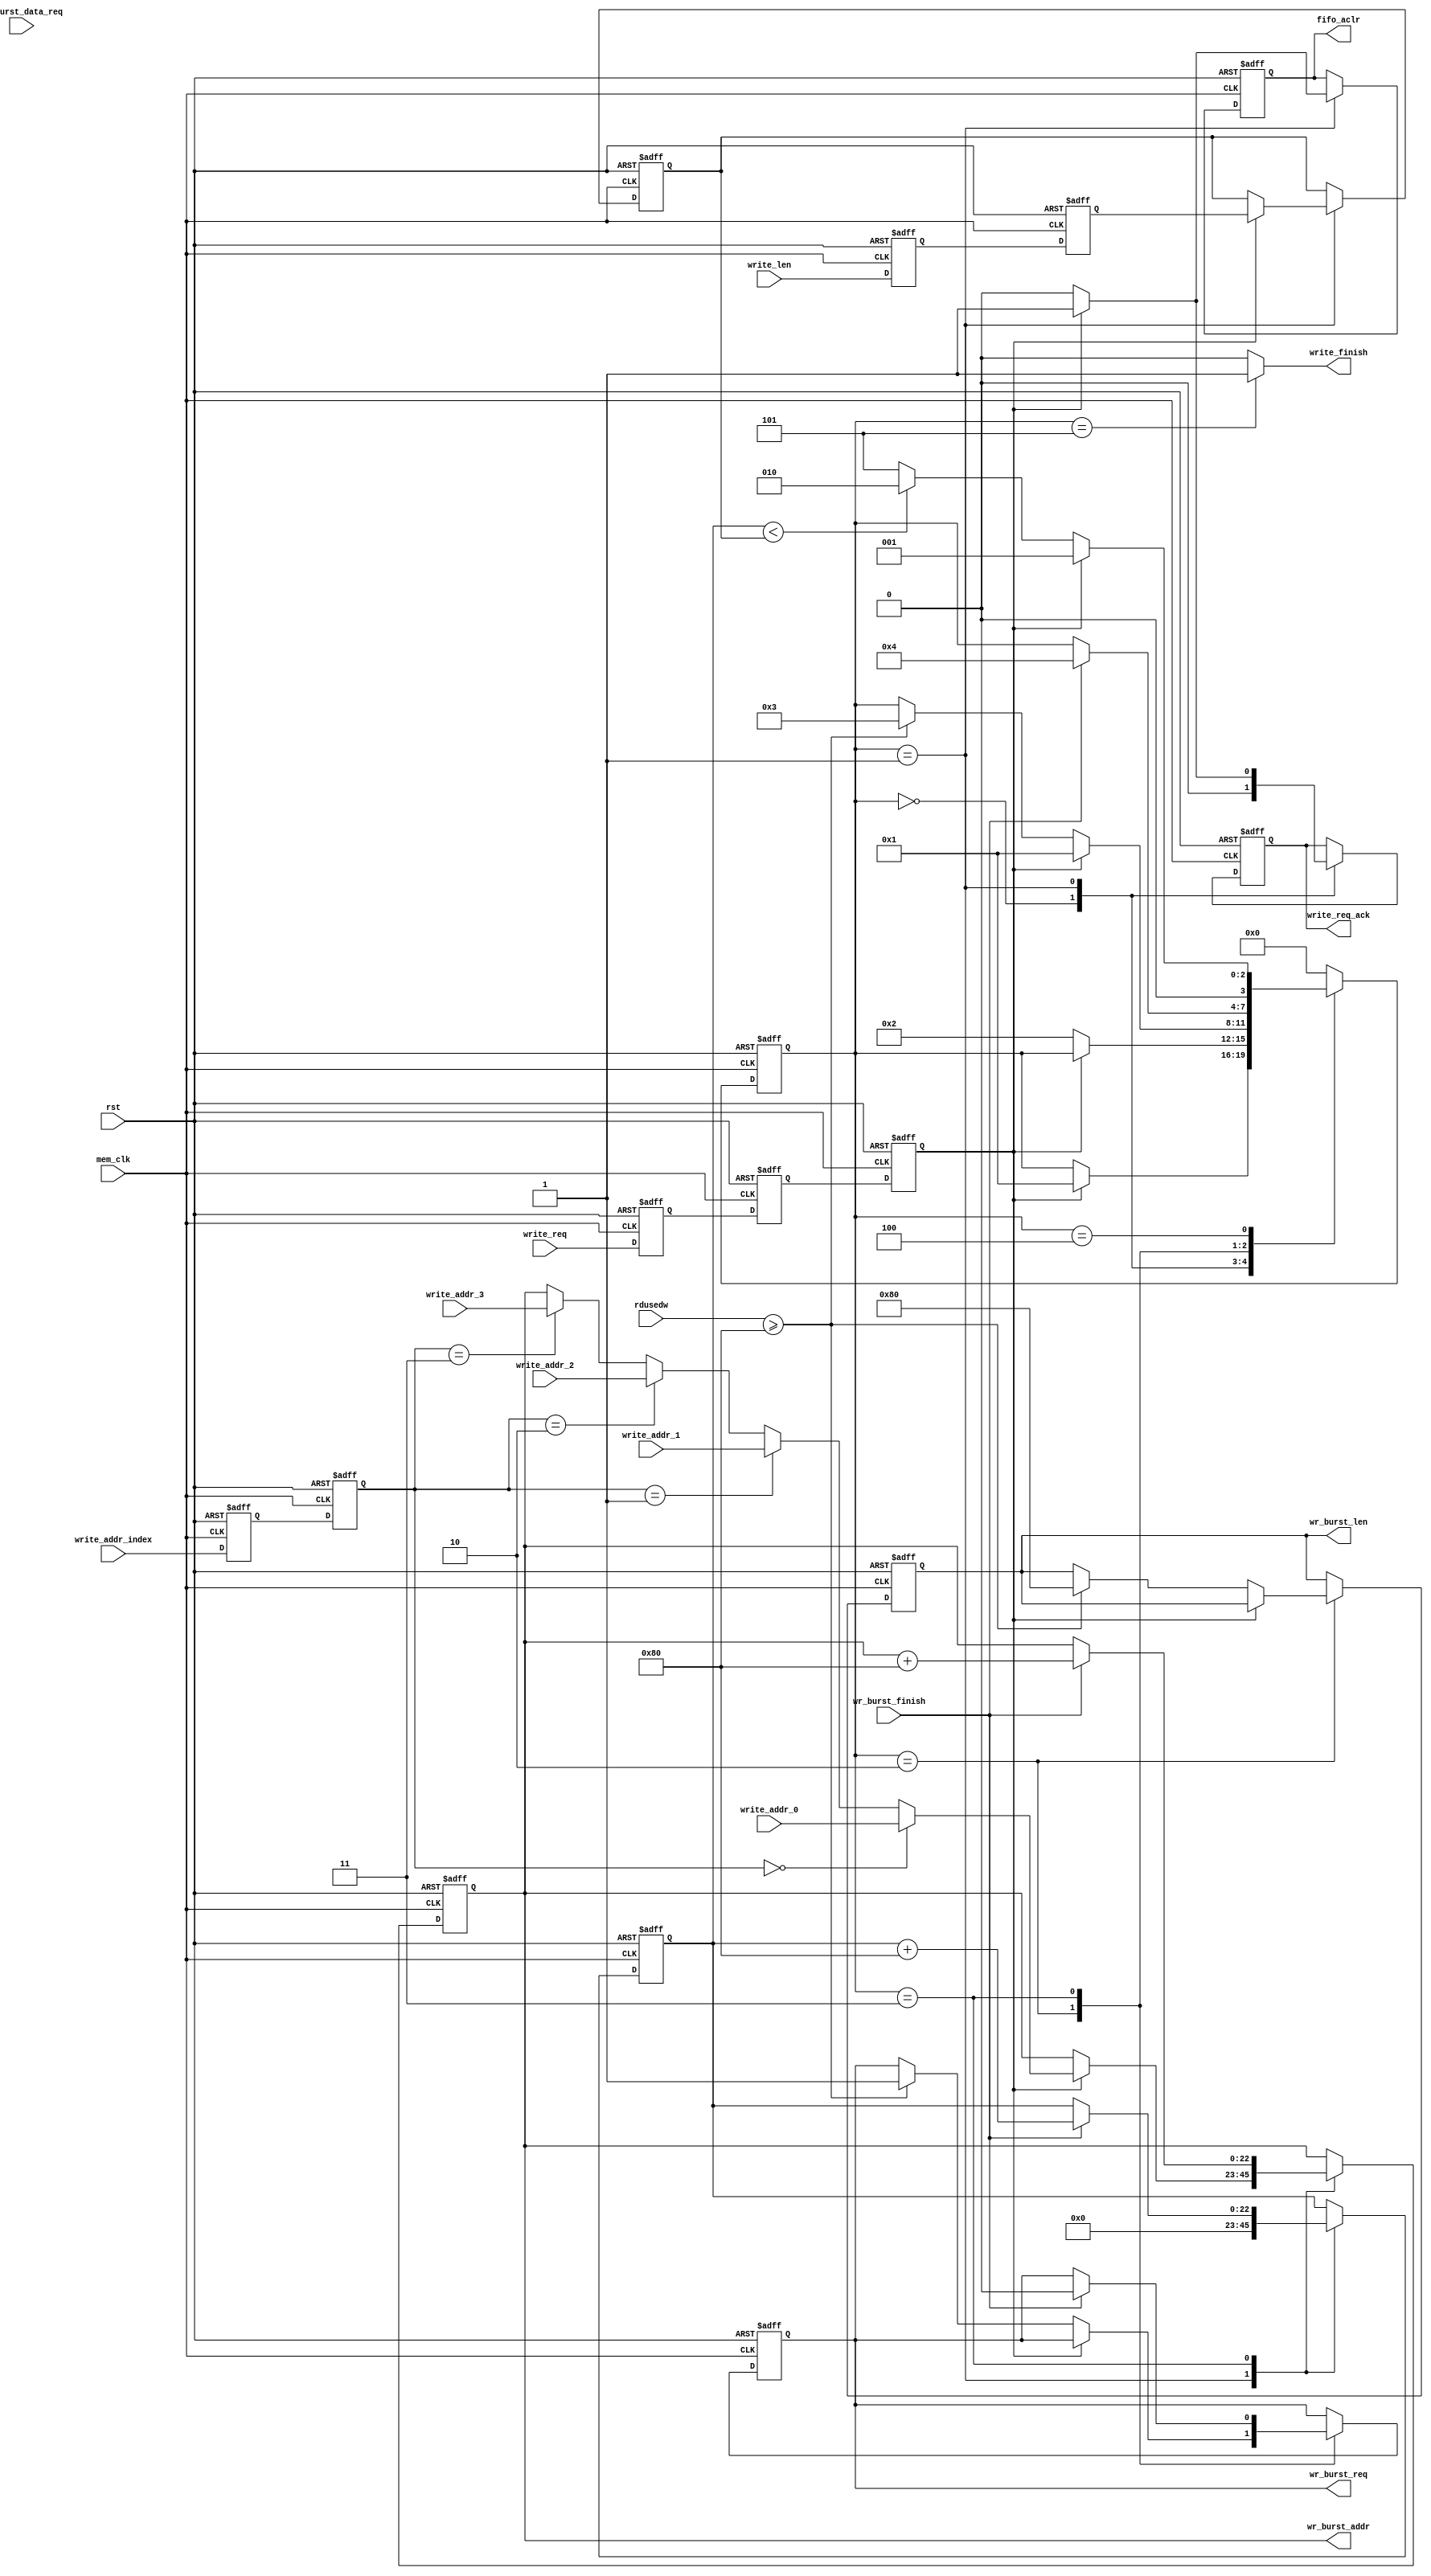
//////////////////////////////////////////////////////////////////////////////////
//                                                                              //
//                                                                              //
//          msq@qq.com                                                          //
//          ALINX(shanghai) Technology Co.,Ltd                                  //
//          heijin                                                              //
//     WEB: http://www.alinx.cn/                                                //
//     BBS: http://www.heijin.org/                                              //
//                                                                              //
//////////////////////////////////////////////////////////////////////////////////
//                                                                              //
// Copyright (c) 2017,ALINX(shanghai) Technology Co.,Ltd                        //
//                    All rights reserved                                       //
//                                                                              //
// This source file may be used and distributed without restriction provided    //
// that this copyright statement is not removed from the file and that any      //
// derivative work contains the original copyright notice and the associated    //
// disclaimer.                                                                  //
//                                                                              //
//////////////////////////////////////////////////////////////////////////////////

//================================================================================
//  Revision History:
//  Date          By            Revision    Change Description
//--------------------------------------------------------------------------------
//  2017/7/19     meisq          1.0         Original
//*******************************************************************************/

`timescale 1ns/1ps
module frame_fifo_write
#
(
	parameter MEM_DATA_BITS          = 32,
	parameter ADDR_BITS              = 23,
	parameter BUSRT_BITS             = 10,
	parameter BURST_SIZE             = 128
)               
(
	input                            rst,                  
	input                            mem_clk,                    // external memory controller user interface clock
	output reg                       wr_burst_req,               // to external memory controller,send out a burst write request  
	output reg[BUSRT_BITS - 1:0]     wr_burst_len,               // to external memory controller,data length of the burst write request, not bytes 
	output reg[ADDR_BITS - 1:0]      wr_burst_addr,              // to external memory controller,base address of the burst write request 
	input                            wr_burst_data_req,          // from external memory controller,write data request ,before data 1 clock 
	input                            wr_burst_finish,            // from external memory controller,burst write finish
	input                            write_req,                  // data write module write request,keep '1' until read_req_ack = '1'
	output reg                       write_req_ack,              // data write module write request response
	output                           write_finish,               // data write module write request finish
	input[ADDR_BITS - 1:0]           write_addr_0,               // data write module write request base address 0, used when write_addr_index = 0
	input[ADDR_BITS - 1:0]           write_addr_1,               // data write module write request base address 1, used when write_addr_index = 1
	input[ADDR_BITS - 1:0]           write_addr_2,               // data write module write request base address 1, used when write_addr_index = 2
	input[ADDR_BITS - 1:0]           write_addr_3,               // data write module write request base address 1, used when write_addr_index = 3
	input[1:0]                       write_addr_index,           // select valid base address from write_addr_0 write_addr_1 write_addr_2 write_addr_3
	input[ADDR_BITS - 1:0]           write_len,                  // data write module write request data length
	output reg                       fifo_aclr,                  // to fifo asynchronous clear
	input[15:0]                      rdusedw                     // from fifo read used words
);
localparam ONE                       = 256'd1;                   //256 bit '1'   you can use ONE[n-1:0] for n bit '1'
localparam ZERO                      = 256'd0;                   //256 bit '0'
//write state machine code
localparam S_IDLE                    = 0;                        //idle state,waiting for write
localparam S_ACK                     = 1;                        //written request response
localparam S_CHECK_FIFO              = 2;                        //check the FIFO status, ensure that there is enough space to burst write
localparam S_WRITE_BURST             = 3;                        //begin a burst write
localparam S_WRITE_BURST_END         = 4;                        //a burst write complete
localparam S_END                     = 5;                        //a frame of data is written to complete

reg                                 write_req_d0;                //asynchronous write request, synchronize to 'mem_clk' clock domain,first beat
reg                                 write_req_d1;                //the second
reg                                 write_req_d2;                //third,Why do you need 3 ? Here's the design habit
reg[ADDR_BITS - 1:0]                write_len_d0;                //asynchronous write_len(write data length), synchronize to 'mem_clk' clock domain first
reg[ADDR_BITS - 1:0]                write_len_d1;                //second
reg[ADDR_BITS - 1:0]                write_len_latch;             //lock write data length
reg[ADDR_BITS - 1:0]                write_cnt;                   //write data counter
reg[1:0]                            write_addr_index_d0;
reg[1:0]                            write_addr_index_d1;
reg[3:0]                            state;                       //state machine

assign write_finish = (state == S_END) ? 1'b1 : 1'b0;            //write finish at state 'S_END'
always@(posedge mem_clk or posedge rst)
begin
	if(rst == 1'b1)
	begin
		write_req_d0    <=  1'b0;
		write_req_d1    <=  1'b0;
		write_req_d2    <=  1'b0;
		write_len_d0    <=  ZERO[ADDR_BITS - 1:0];              //equivalent to write_len_d0 <= 0;
		write_len_d1    <=  ZERO[ADDR_BITS - 1:0];              //equivalent to write_len_d1 <= 0;
		write_addr_index_d0    <=  2'b00;
		write_addr_index_d1    <=  2'b00;
	end
	else
	begin
		write_req_d0    <=  write_req;
		write_req_d1    <=  write_req_d0;
		write_req_d2    <=  write_req_d1;
		write_len_d0    <=  write_len;
		write_len_d1    <=  write_len_d0;
		write_addr_index_d0 <= write_addr_index;
		write_addr_index_d1 <= write_addr_index_d0;
	end 
end


always@(posedge mem_clk or posedge rst)
begin
	if(rst == 1'b1)
	begin
		state <= S_IDLE;
		write_len_latch <= ZERO[ADDR_BITS - 1:0];
		wr_burst_addr <= ZERO[ADDR_BITS - 1:0];
		wr_burst_req <= 1'b0;
		write_cnt <= ZERO[ADDR_BITS - 1:0];
		fifo_aclr <= 1'b0;
		write_req_ack <= 1'b0;
		wr_burst_len <= ZERO[BUSRT_BITS - 1:0];
	end
	else
		case(state)
			//idle state,waiting for write write_req_d2 == '1' goto the 'S_ACK'
			S_IDLE:
			begin
				if(write_req_d2 == 1'b1)
				begin
					state <= S_ACK;
				end
				write_req_ack <= 1'b0;
			end
			//'S_ACK' state completes the write request response, the FIFO reset, the address latch, and the data length latch
			S_ACK:
			begin
				//after write request revocation(write_req_d2 == '0'),goto 'S_CHECK_FIFO',write_req_ack goto '0'
				if(write_req_d2 == 1'b0)
				begin
					state <= S_CHECK_FIFO;
					fifo_aclr <= 1'b0;
					write_req_ack <= 1'b0;
				end
				else
				begin
					//write request response
					write_req_ack <= 1'b1;
					//FIFO reset
					fifo_aclr <= 1'b1;
					//select valid base address from write_addr_0 write_addr_1 write_addr_2 write_addr_3
					if(write_addr_index_d1 == 2'd0)
						wr_burst_addr <= write_addr_0;
					else if(write_addr_index_d1 == 2'd1)
						wr_burst_addr <= write_addr_1;
					else if(write_addr_index_d1 == 2'd2)
						wr_burst_addr <= write_addr_2;
					else if(write_addr_index_d1 == 2'd3)
						wr_burst_addr <= write_addr_3;
					//latch data length
					write_len_latch <= write_len_d1;                    
				end
				//write data counter reset, write_cnt <= 0;
				write_cnt <= ZERO[ADDR_BITS - 1:0];
			end
			S_CHECK_FIFO:
			begin
				//if there is a write request at this time, enter the 'S_ACK' state
				if(write_req_d2 == 1'b1)
				begin
					state <= S_ACK;
				end
				//if the FIFO space is a burst write request, goto burst write state
				else if(rdusedw >= BURST_SIZE)
				begin
					state <= S_WRITE_BURST;
					wr_burst_len <= BURST_SIZE[BUSRT_BITS - 1:0];
					wr_burst_req <= 1'b1;
				end
			end
			
			S_WRITE_BURST:
			begin
				//burst finish
				if(wr_burst_finish == 1'b1)
				begin
					wr_burst_req <= 1'b0;
					state <= S_WRITE_BURST_END;
					//write counter + burst length
					write_cnt <= write_cnt + BURST_SIZE[ADDR_BITS - 1:0];
					//the next burst write address is generated
					wr_burst_addr <= wr_burst_addr + BURST_SIZE[ADDR_BITS - 1:0];
				end     
			end
			S_WRITE_BURST_END:
			begin
				//if there is a write request at this time, enter the 'S_ACK' state
				if(write_req_d2 == 1'b1)
				begin
					state <= S_ACK;
				end
				//if the write counter value is less than the frame length, continue writing,
				//otherwise the writing is complete
				else if(write_cnt < write_len_latch)
				begin
					state <= S_CHECK_FIFO;
				end
				else
				begin
					state <= S_END;
				end
			end
			S_END:
			begin
				state <= S_IDLE;
			end
			default:
				state <= S_IDLE;
		endcase
end
endmodule